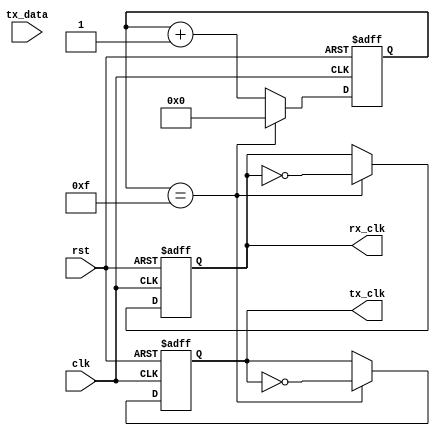
module uart_timing_control_and_sync (
    input wire clk, // clock signal
    input wire rst, // reset signal
    input wire tx_data, // data to be transmitted
    output reg tx_clk, // transmitter clock signal
    output reg rx_clk // receiver clock signal
);

reg [3:0] cnt; // counter for baud rate

always @(posedge clk or posedge rst) begin
    if (rst) begin
        cnt <= 4'b0000; // initialize counter
        tx_clk <= 1'b0; // initialize transmitter clock
        rx_clk <= 1'b0; // initialize receiver clock
    end else begin
        if (cnt == 4'b1111) begin
            cnt <= 4'b0000; // reset counter
            tx_clk <= ~tx_clk; // toggle transmitter clock
            rx_clk <= ~rx_clk; // toggle receiver clock
        end else begin
            cnt <= cnt + 1; // increment counter
        end
    end
end

endmodule